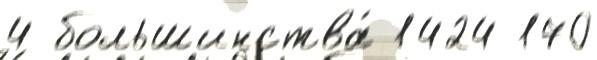
4 большинства́ 1424 170